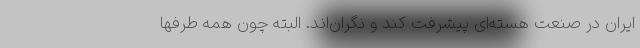
ایران در صنعت هسته‌ای پیشرفت کند و نگران‌اند. البته چون همه طرفها